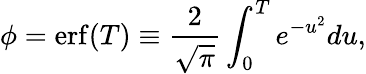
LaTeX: \phi=\mathrm{erf}(T)\equiv\frac{2}{\sqrt{\pi}}\int_{0}^{T}e^{-u^{2}}du,